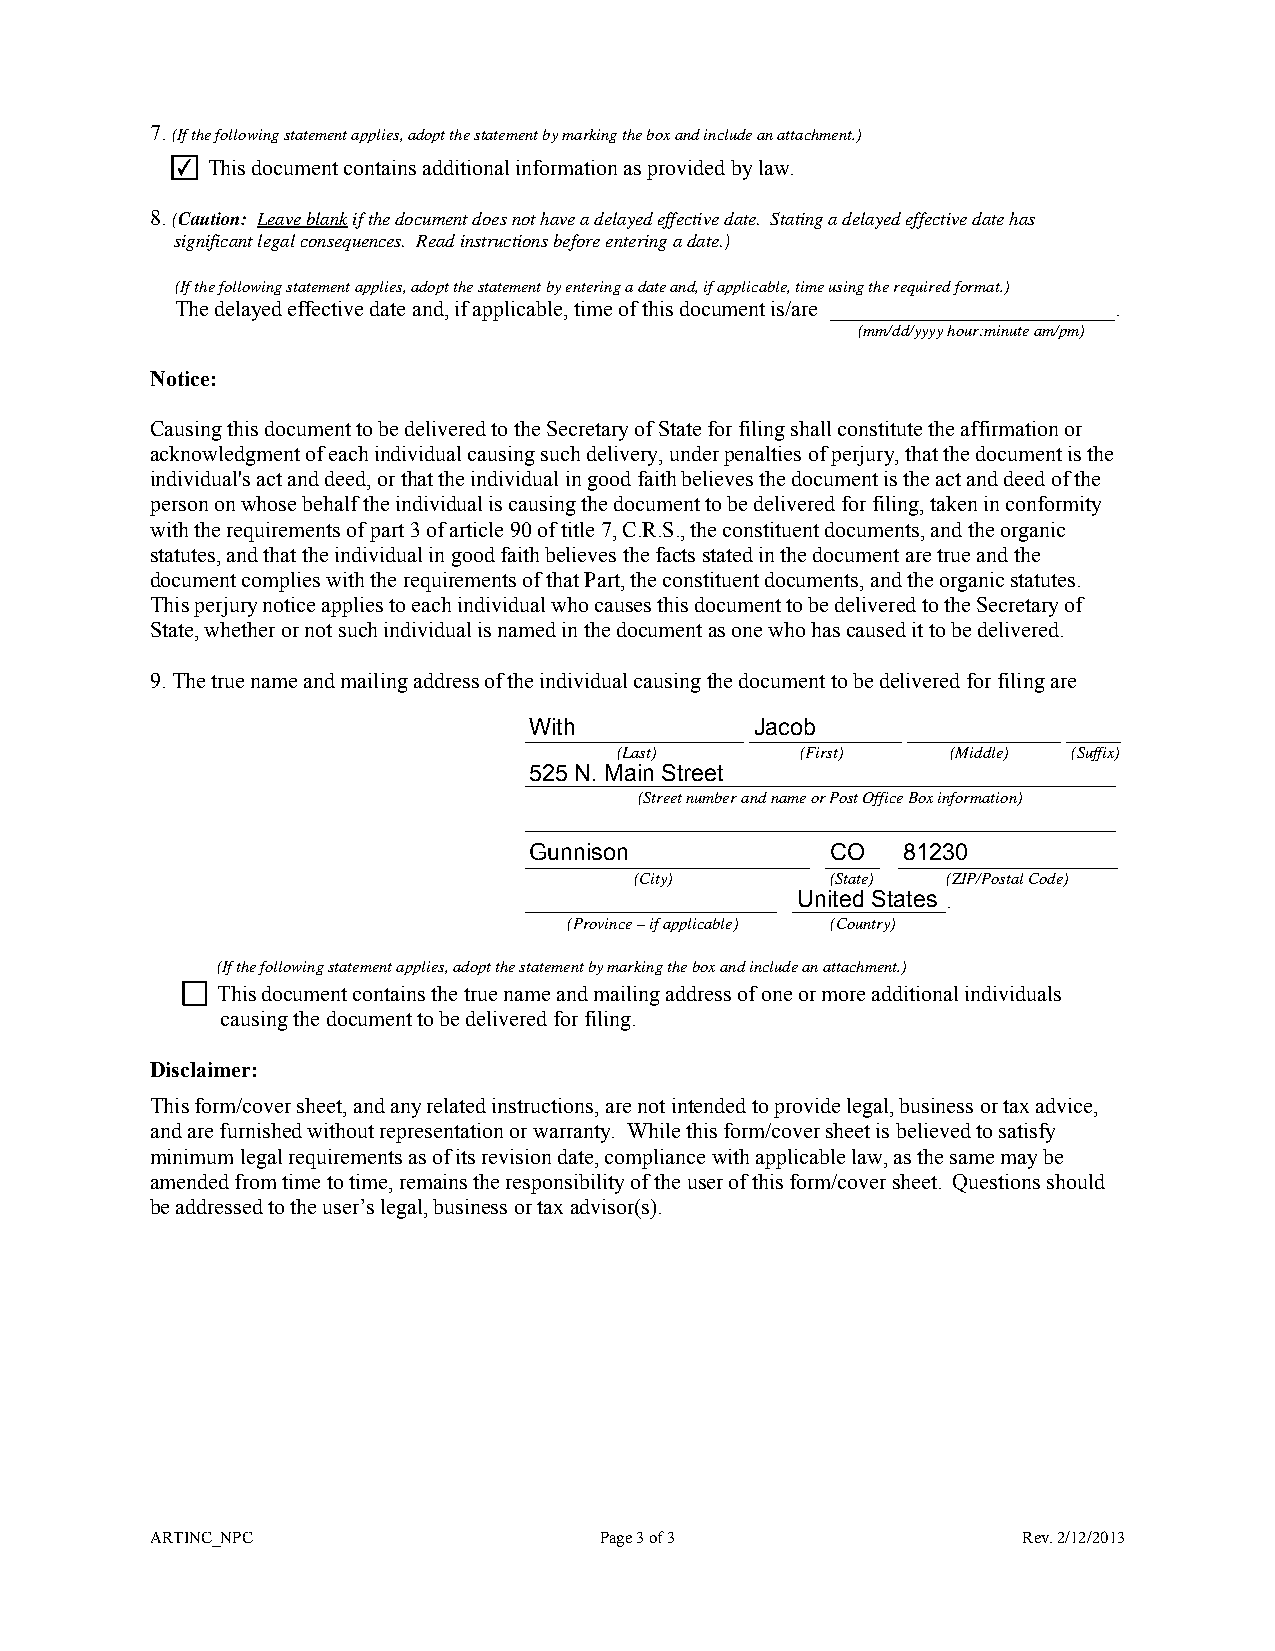
7.(If the following statement applies, adopt the statement by marking the box and include an attachment.)
 ✔ This document contains additional information as provided by law.
 8.(Caution: Leave blankif the document does not have a delayed effective date. Stating a delayed effective date has
 significant legal consequences. Read instructions before entering a date.)
 (If the following statement applies, adopt the statement by entering a date and, if applicable, time using the required format.)
 The delayed effective date and, if applicable, time of this document is/are __________________________.
 (mm/dd/yyyy hour:minute am/pm)
 Notice:
 Causing this document to be delivered to the Secretary of State for filing shall constitute the affirmation or
 acknowledgment of each individual causing such delivery, under penalties of perjury, that the document is the
 individual's act and deed, or that the individual in good faith believes the document is the act and deed of the
 person on whose behalf the individual is causing the document to be delivered for filing, taken in conformity
 with the requirements of part 3 of article 90 of title 7, C.R.S., the constituent documents, and the organic
 statutes, and that the individual in good faith believes the facts stated in the document are true and the
 document complies with the requirements of that Part, the constituent documents, and the organic statutes.
 This perjury notice applies to each individual who causes this document to be delivered to the Secretary of
 State, whether or not such individual is named in the document as one who has caused it to be delivered.
 9. The true name and mailing address of the individual causing the document to be delivered for filing are
 _W__it_h________________ _J_a_c_o_b_________ ______________ _____
 (Last)      (First)   (Middle) (Suffix)
 _5_2_5_ _N__. _M_a__in_ _S_t_r_e_e_t____________________________________
 (Street number and name or Post Office Box information)
 ______________________________________________________
 _G__u_n_n_i_s_o_n_________________ _C_O___ _8_1_2_3__0______________
 (City)       (State) (ZIP/Postal Code)
 _______________________ _U_n__it_e_d_ _S_t_a_te__s_.
 (Province – if applicable) (Country)
 (If the following statement applies, adopt the statement by marking the box and include an attachment.)
 This document contains the true name and mailing address of one or more additional individuals
 causing the document to be delivered for filing.
 Disclaimer:
 This form/cover sheet, and any related instructions, are not intended to provide legal, business or tax advice,
 and are furnished without representation or warranty. While this form/cover sheet is believed to satisfy
 minimum legal requirements as of its revision date, compliance with applicable law, as the same may be
 amended from time to time, remains the responsibility of the user of this form/cover sheet. Questions should
 be addressed to the user’s legal, business or tax advisor(s).
 ARTINC_NPC                    Page 3 of 3                 Rev. 2/12/2013